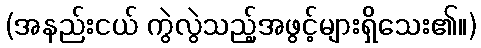
(အနည်းငယ် ကွဲလွဲသည့်အဖွင့်များရှိသေး၏။)